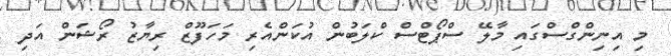
މި އިނިންގްސްގައި މާލޭ ސްޕޯޓްސް ކްލަބުން އުކަންއެރި މަހަފޫޒް ރިޔާޒު ރޯޝަން އަދި